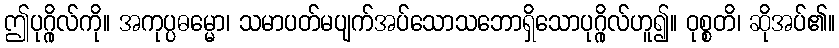
ဤပုဂ္ဂိုလ်ကို။ အကုပ္ပဓမ္မော၊ သမာပတ်မပျက်အပ်သောသဘောရှိသောပုဂ္ဂိုလ်ဟူ၍။ ဝုစ္စတိ၊ ဆိုအပ်၏။